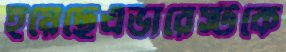
হয়েছেএভারেস্টকে